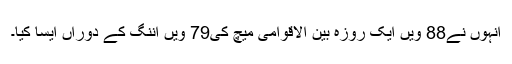
انہوں نے88 ویں ایک روزہ بین الاقوامی میچ کی79 ویں اننگ کے دوراں ایسا کیا۔